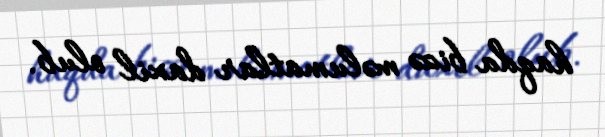
haqda bizə məlumatlar daxil olub.